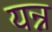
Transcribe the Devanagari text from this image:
यन्न